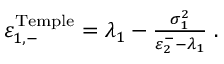
\begin{array} { r } { \varepsilon _ { 1 , - } ^ { \mathrm { T e m p l e } } = \lambda _ { 1 } - \frac { \sigma _ { 1 } ^ { 2 } } { \varepsilon _ { 2 } ^ { - } - \lambda _ { 1 } } \; . } \end{array}